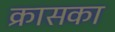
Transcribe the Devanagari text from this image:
क्रासका